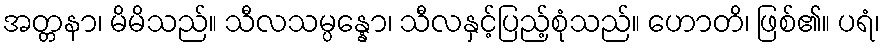
အတ္တနာ၊ မိမိသည်။ သီလသမ္ပန္နော၊ သီလနှင့်ပြည့်စုံသည်။ ဟောတိ၊ ဖြစ်၏။ ပရံ၊